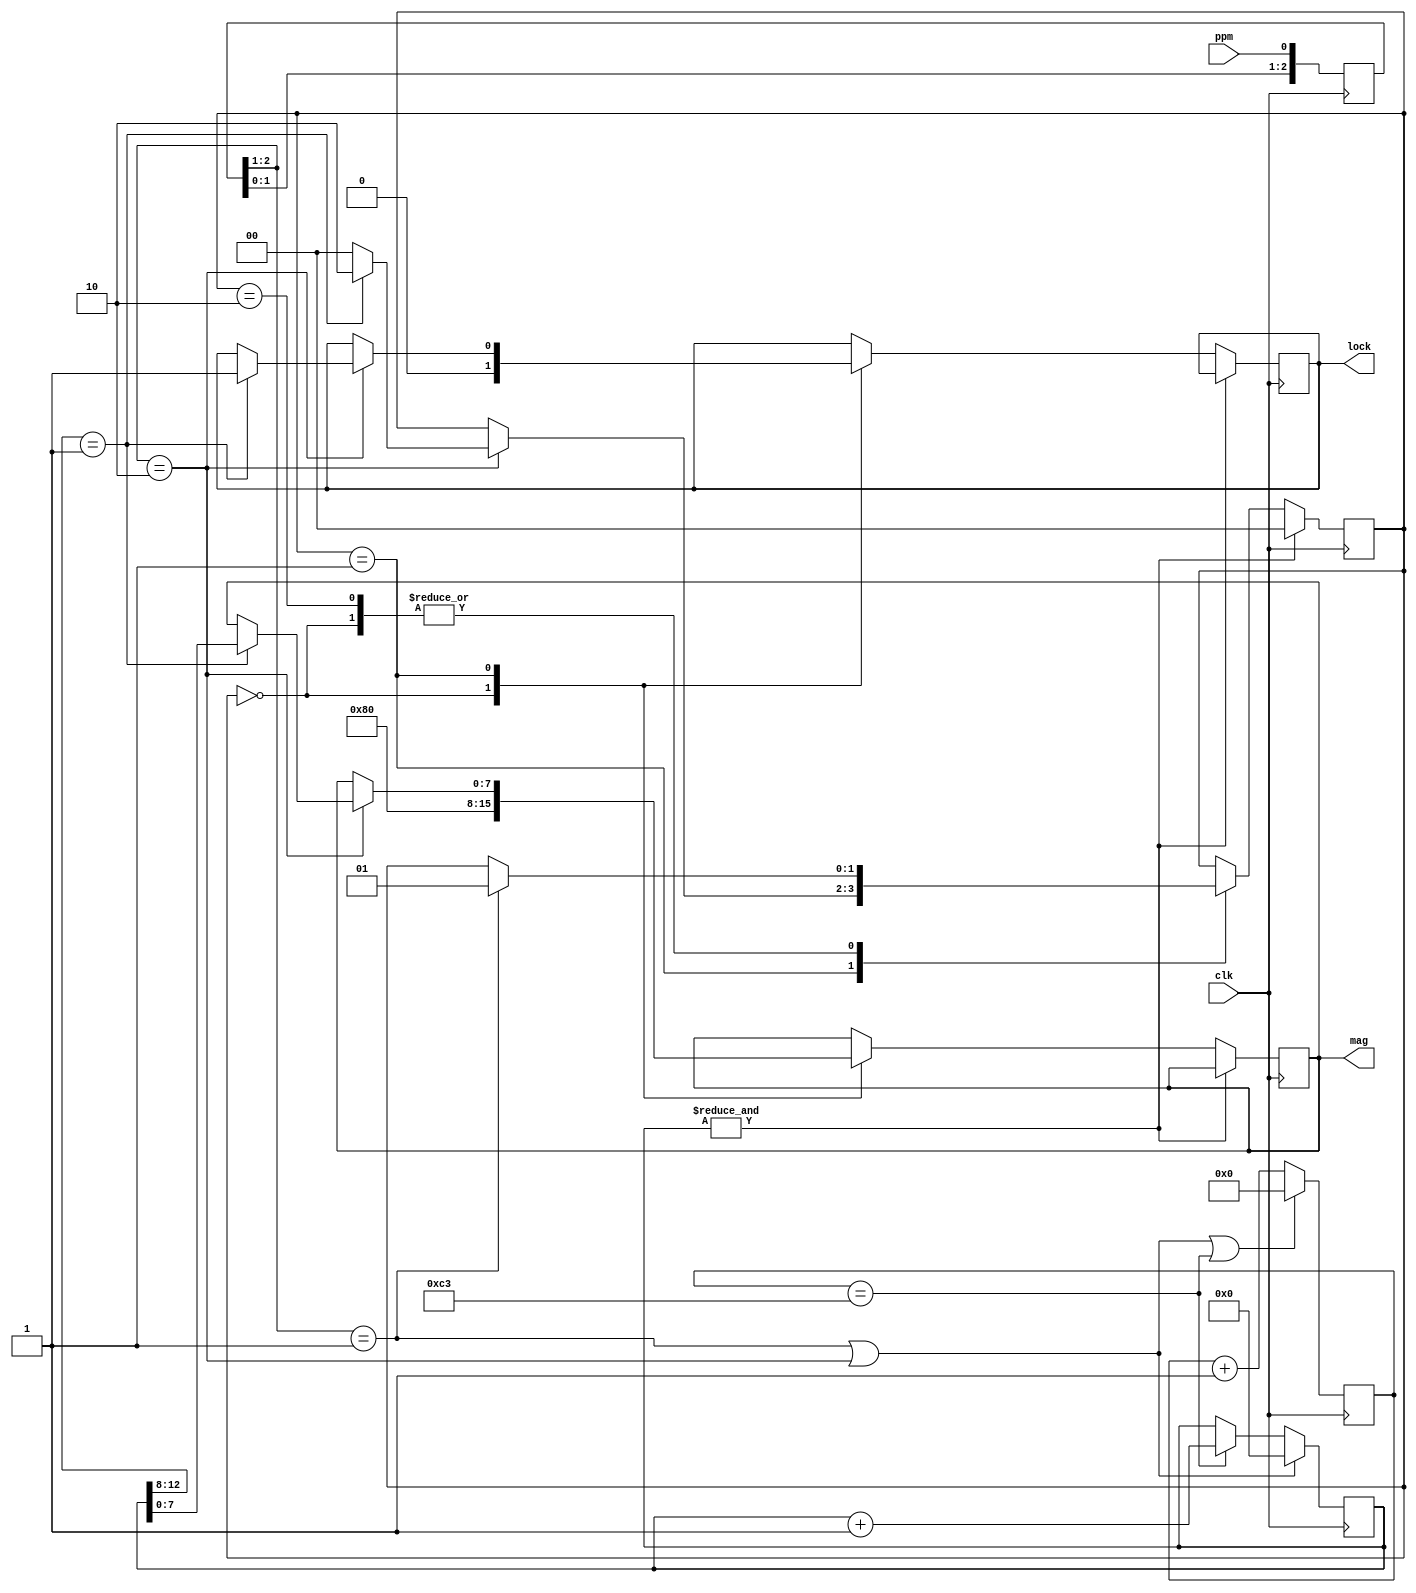
/* SPDX-License-Identifier: [MIT] */

`default_nettype wire
module ppmi (
    input clk,           /* 50MHz input */
    input ppm,           /* R/C servo receiver input */
    output reg lock,     /* has signal lock */
    output reg [7:0] mag /* 0-255 position value */
);

    parameter [1:0] state_idle  = 2'b00;
    parameter [1:0] state_acc   = 2'b01;
    parameter [1:0] state_blank = 2'b10;

    reg [1:0] state;

    reg [2:0] pps; /* syncronization register */
    wire pps_up = (pps[2:1] == 2'b01);
    wire pps_dn = (pps[2:1] == 2'b10);

    reg [7:0]  div; /* clock divider */
    reg [12:0] acc; /* measurement accumulator */
    wire err = &acc;
    wire tck = (div == 8'd195);

    always @(posedge clk) begin
        pps <= {pps[1:0], ppm};
        div <= (pps_up | pps_dn | tck) ? 8'h0 : div + 1;
        if (pps_up | pps_dn)
            acc <= 0;
        else if (tck)
            acc <= acc + 1;
    end

    always @(posedge clk) begin

        if (err)
            state <= state_idle;
        else begin
            case (state)
                /* Stay here until rising edge detected */
                state_idle: begin
                    lock <= 1'b0;
                    mag  <= 8'd128;
                    if (pps_up)
                        state <= state_acc;
                end

                /*
                 * Check if signal stuck high. If so go back to idle, report
                 * neutral position, and lost lock.
                 */ 
                state_acc: begin
                    if (pps_dn) begin
                        /* pulse width must be between 1 & 2 mS */
                        if (acc[12:8] == 5'h1) begin
                            lock  <= 1'b1;
                            mag   <= acc[7:0];
                            state <= state_blank;
                        end else begin
                            state <= state_idle;
                        end
                    end
                end

                /*
                 * Check if signal stuck low past blanking period. This
                 * times out after 32mS
                 */
                state_blank: begin
                    if (pps_up)
                        state <= state_acc;
                end

            endcase
        end
    end

endmodule